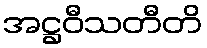
အဋ္ဌဝီသတီတိ